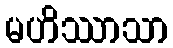
မဟိဿာသာ